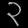
Digit: ၃